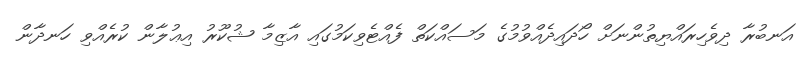
އަނބުރާ ދިވެހިރައްޔިތުންނަށް ހޯދައިދެއްވުމުގެ މަސައްކަތް ފެއްޓެވިކަމުގައި އާޒިމާ ޝުކޫރު އިޢުލާން ކުރެއްވި ހަނދާން